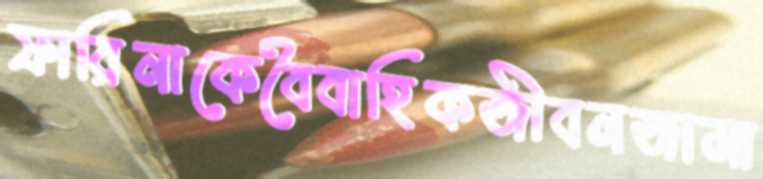
ফারিনাকেবৈবাহিকজীবনজামা